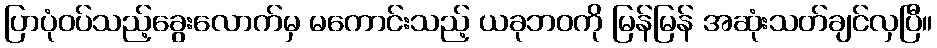
ပြာပုံဝပ်သည့်ခွေးလောက်မှ မကောင်းသည့် ယခုဘဝကို မြန်မြန် အဆုံးသတ်ချင်လှပြီ။